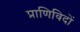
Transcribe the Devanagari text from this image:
प्राणिविदों